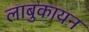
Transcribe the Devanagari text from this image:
लाबुकायन